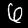
Label: 6